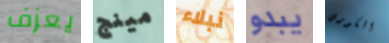
يعزف مينج نبلاء يبدو الكورس